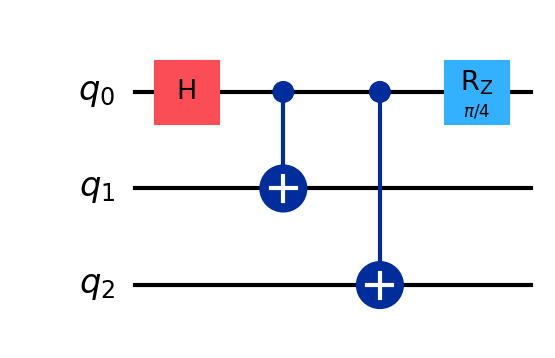
Description: Quantum bit commitment scheme
描述: 量子比特承诺方案
Category: blockchain_extended (difficulty: advanced)
Qubits: 3, circuit depth: 4
Blockchain relevance: extended_protocol

Braket implementation:
import math
from braket.circuits import Circuit
circuit = Circuit()
circuit.h(0)
circuit.cnot(0, 1).cnot(0, 2)
circuit.rz(0, math.pi / 4)